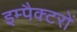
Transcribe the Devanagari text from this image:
इम्पैक्टरों